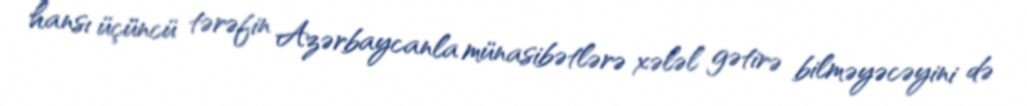
hansı üçüncü tərəfin Azərbaycanla münasibətlərə xələl gətirə bilməyəcəyini də